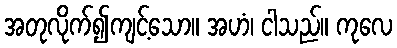
အတုလိုက်၍ကျင့်သော။ အဟံ၊ ငါသည်။ ကုလေ